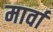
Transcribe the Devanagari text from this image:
मार्वा